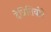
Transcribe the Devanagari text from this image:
देत्रितिवोरे